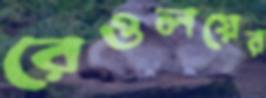
রেওলয়ের